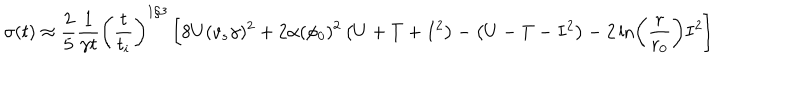
LaTeX: \sigma ( t ) \approx \frac { 2 } { 5 } \frac { 1 } { \gamma t } \left( \frac { t } { t _ { i } } \right) ^ { 1 / 3 } \left[ 8 U ( v _ { s } \gamma ) ^ { 2 } + 2 \alpha ( \phi _ { 0 } ) ^ { 2 } \left( U + T + I ^ { 2 } \right) - \left( U - T - I ^ { 2 } \right) - 2 \ln \left( \frac { r } { r _ { 0 } } \right) I ^ { 2 } \right]